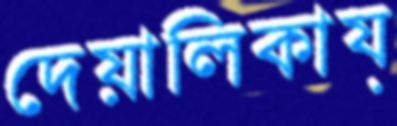
দেয়ালিকায়